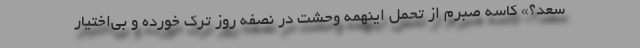
سعد؟» کاسه صبرم از تحمل اینهمه وحشت در نصفه روز تَرک خورده و بی‌اختیار